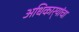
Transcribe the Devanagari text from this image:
अधिकार्‍यांचा